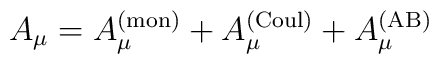
A_\mu =A_\mu ^{({\rm mon})}+A_\mu ^{({\rm Coul})}+A_\mu ^{({\rm AB})}